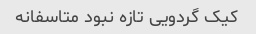
کیک گردویی تازه نبود متاسفانه